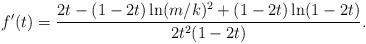
LaTeX: \begin{align*}f'(t)=\frac{2t-(1-2t)\ln(m/k)^2+(1-2t)\ln(1-2t)}{2t^2(1-2t)}.\end{align*}